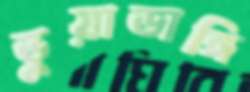
ভুয়াডাঙ্গি